Vaccination in Bombay 1869-1873 - 1869-1873
Year: 1869
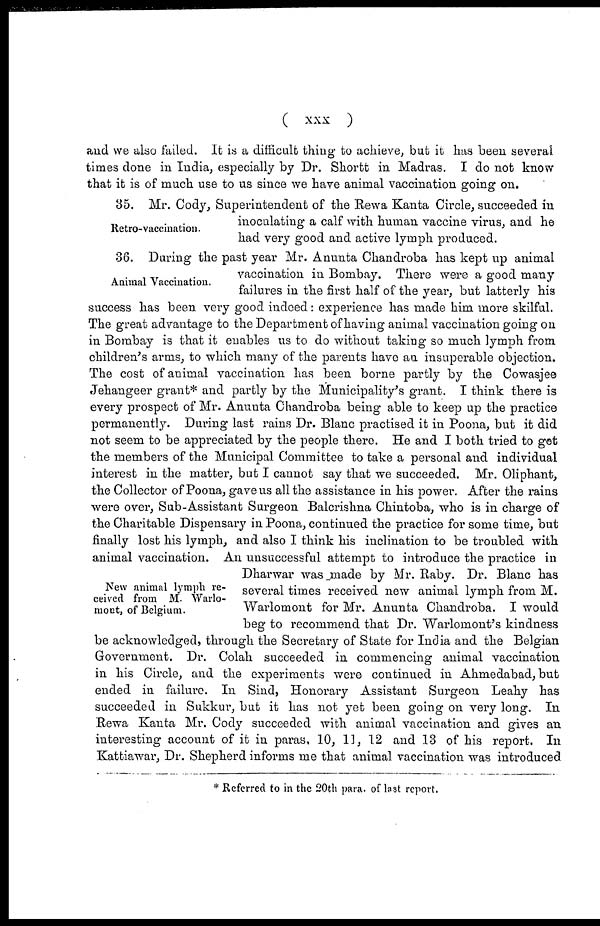
(
xxx
)
and we also failed. It is a difficult thing to achieve, but it has been several
times done in India, especially by Dr. Shortt in Madras. I do not know
that it is of much use to us since we have animal vaccination going on.
Retro-vaccination.
35. Mr. Cody, Superintendent of the Rewa Kanta Circle, succeeded in
inoculating a calf with human vaccine virus, and he
had very good and active lymph produced.
Animal Vaccination.
New animal lymph re-
ceived from M. Warlo-
mont, of Belgium.
36. During the past year Mr. Anunta Chandroba has kept up animal
vaccination in Bombay. There were a good many
failures in the first half of the year, but latterly his
success has been very good indeed: experience has made him more skilful.
The great advantage to the Department of having animal vaccination going on
in Bombay is that it enables us to do without taking so much lymph from
children's arms, to which many of the parents have an insuperable objection.
The cost of animal vaccination has been borne partly by the Cowasjee
Jehangeer grant* and partly by the Municipality's grant. I think there is
every prospect of Mr. Anunta Chandroba being able to keep up the practice
permanently. During last rains Dr. Blanc practised it in Poona, but it did
not seem to be appreciated by the people there. He and I both tried to get
the members of the Municipal Committee to take a personal and individual
interest in the matter, but I cannot say that we succeeded. Mr. Oliphant,
the Collector of Poona, gave us all the assistance in his power. After the rains
were over, Sub-Assistant Surgeon Balcrishna Chintoba, who is in charge of
the Charitable Dispensary in Poona, continued the practice for some time, but
finally lost his lymph, and also I think his inclination to be troubled with
animal vaccination. An unsuccessful attempt to introduce the practice in
Dharwar was made by Mr. Raby. Dr. Blanc has
several times received new animal lymph from M.
Warlomont for Mr. Anunta Chandroba. I would
beg to recommend that Dr. Warlomont's kindness
be acknowledged, through the Secretary of State for India and the Belgian
Government. Dr. Colah succeeded in commencing animal vaccination
in his Circle, and the experiments were continued in Ahmedabad, but
ended in failure. In Sind, Honorary Assistant Surgeon Leahy has
succeeded in Sukkur, but it has not yet been going on very long. In
Rewa Kanta Mr. Cody succeeded with animal vaccination and gives an
interesting account of it in paras, 10, 11, 12 and 13 of his report. In
Kattiawar, Dr. Shepherd informs me that animal vaccination was introduced
* Referred to in the 20th para. of last report.